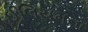
ઈલિયમના